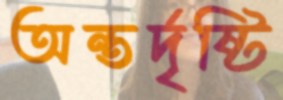
অন্তর্দৃষ্টি